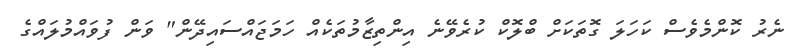
ނެރު ކޮންމެވެސް ކަހަލަ ގޮތަކަށް ބްލޮކް ކުރެވޭނެ އިންތިޒާމުތަކެއް ހަމަޖައްސައިދޭން" ވަން ފުވައްމުލައްގެ